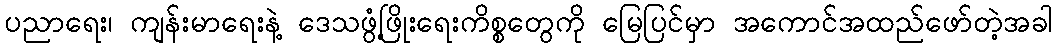
ပညာရေး၊ ကျန်းမာရေးနဲ့ ဒေသဖွံ့ဖြိုးရေးကိစ္စတွေကို မြေပြင်မှာ အကောင်အထည်ဖော်တဲ့အခါ